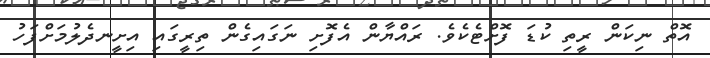
އޮތް ނިކަން ރީތި ކުޑަ ފޮށްޓެކެވެ. ރައްޔާން އެފޮށި ނަގައިގެން ތިރީގައި އިށީނދެލުމަށްފަހު